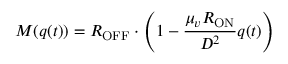
M ( q ( t ) ) = R _ { \mathrm { O F F } } \cdot \left( 1 - { \frac { \mu _ { v } R _ { \mathrm { O N } } } { D ^ { 2 } } } q ( t ) \right)